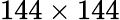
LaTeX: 144\times 144